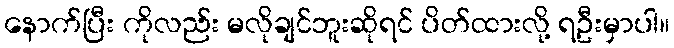
နောက်ပြီး ကိုလည်း မလိုချင်ဘူးဆိုရင် ပိတ်ထားလို့ ရဦးမှာပါ။